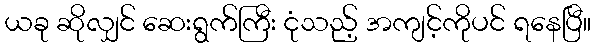
ယခု ဆိုလျှင် ဆေးရွက်ကြီး ငုံသည့် အကျင့်ကိုပင် ရနေပြီ။